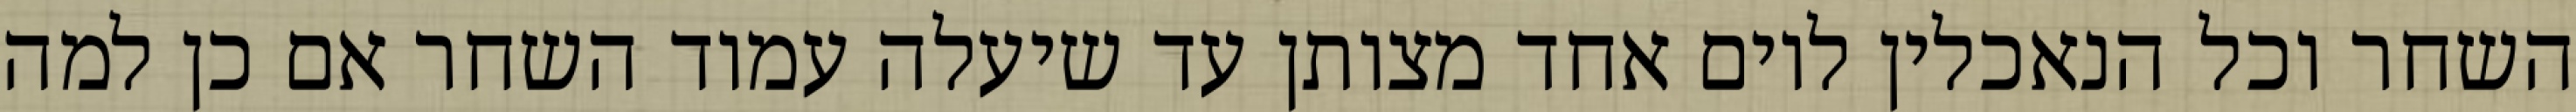
השחר וכל הנאכלין ליום אחד מצותן עד שיעלה עמוד השחר אם כן למה